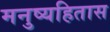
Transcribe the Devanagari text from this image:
मनुष्यहितास